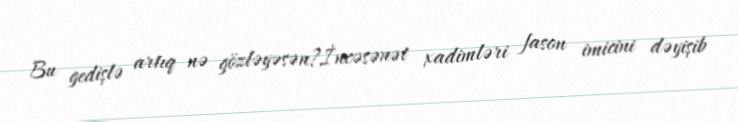
Bu gedişlə artıq nə gözləyəsən?İncəsənət xadimləri fason imicini dəyişib